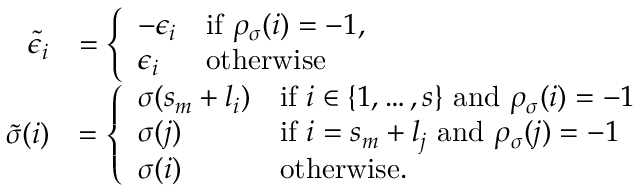
\begin{array} { r l } { \tilde { \epsilon } _ { i } } & { = \left\{ \begin{array} { l l } { - \epsilon _ { i } } & { \mathrm { i f ~ } \rho _ { \sigma } ( i ) = - 1 , } \\ { \epsilon _ { i } } & { \mathrm { o t h e r w i s e } } \end{array} \right. } \\ { \tilde { \sigma } ( i ) } & { = \left\{ \begin{array} { l l } { \sigma ( s _ { m } + l _ { i } ) } & { \mathrm { i f ~ } i \in \{ 1 , \dots , s \} \mathrm { ~ a n d ~ } \rho _ { \sigma } ( i ) = - 1 } \\ { \sigma ( j ) } & { \mathrm { i f ~ } i = s _ { m } + l _ { j } \mathrm { ~ a n d ~ } \rho _ { \sigma } ( j ) = - 1 } \\ { \sigma ( i ) } & { \mathrm { o t h e r w i s e } . } \end{array} \right. } \end{array}